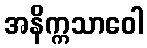
အနိက္ကသာဝေါ